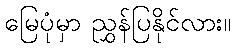
မြေပုံမှာ ညွှန်ပြနိုင်လား။